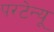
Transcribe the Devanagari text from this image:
परटेन्यू